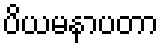
ပိယမနာပတာ